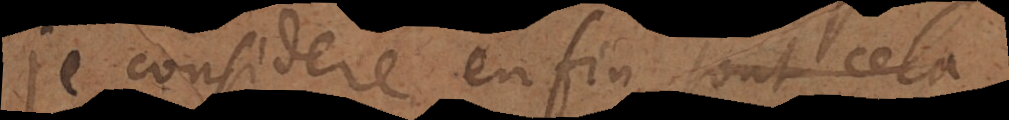
je considere enfin tout cela